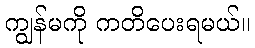
ကျွန်မကို ကတိပေးရမယ်။